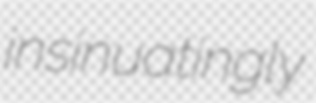
insinuatingly